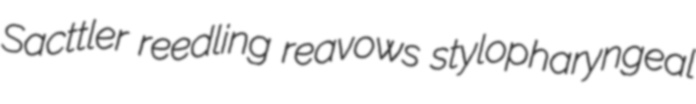
Sacttler reedling reavows stylopharyngeal